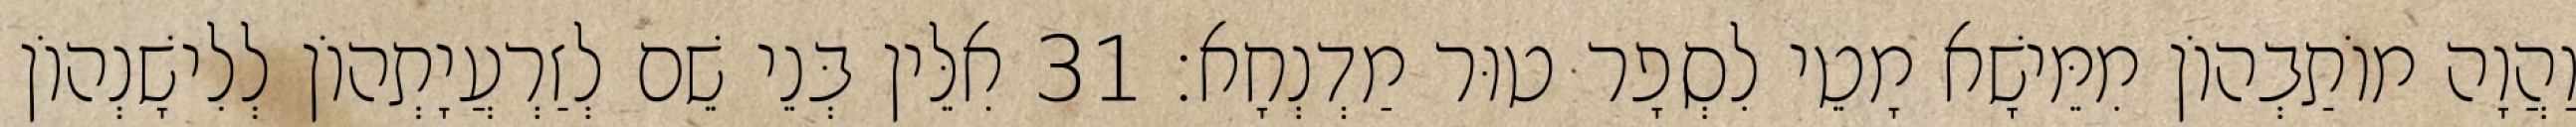
וַהֲוָה מוֹתַבְהוֹן מִמֵּישָׁא מָטֵי לִסְפָר טוּר מַדְנְחָא׃ 31 אִלֵּין בְּנֵי שֵׁם לְזַרְעֲיָתְהוֹן לְלִישָׁנְהוֹן